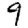
Digit: 9